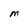
Character: M